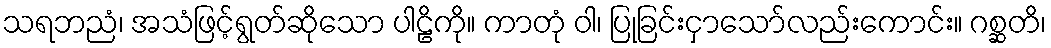
သရဘညံ၊ အသံဖြင့်ရွတ်ဆိုသော ပါဠိကို။ ကာတုံ ဝါ၊ ပြုခြင်းငှာသော်လည်းကောင်း။ ဂစ္ဆတိ၊